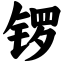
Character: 锣